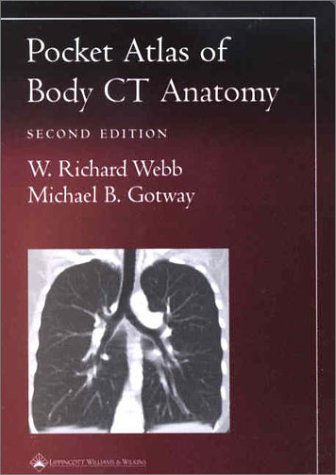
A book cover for Pocket Atlas of Body CT Anatomy (Radiology Pocket Atlas Series); W. Richard Webb; Medical Books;